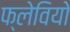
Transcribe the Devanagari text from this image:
फ्लेवियो